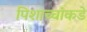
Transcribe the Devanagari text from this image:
पिशाच्चांकडे